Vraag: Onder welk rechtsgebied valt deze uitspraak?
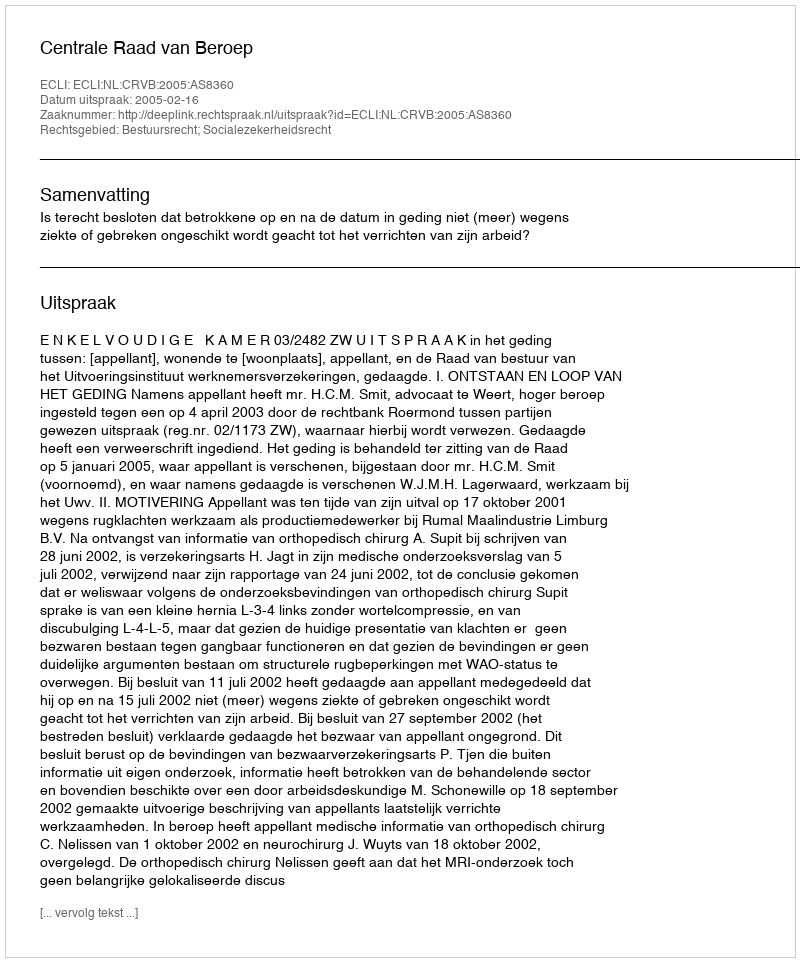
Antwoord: Bestuursrecht; Socialezekerheidsrecht